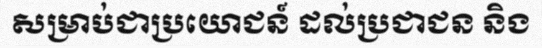
សម្រាប់ជាប្រយោជន៍ ដល់ប្រជាជន និង